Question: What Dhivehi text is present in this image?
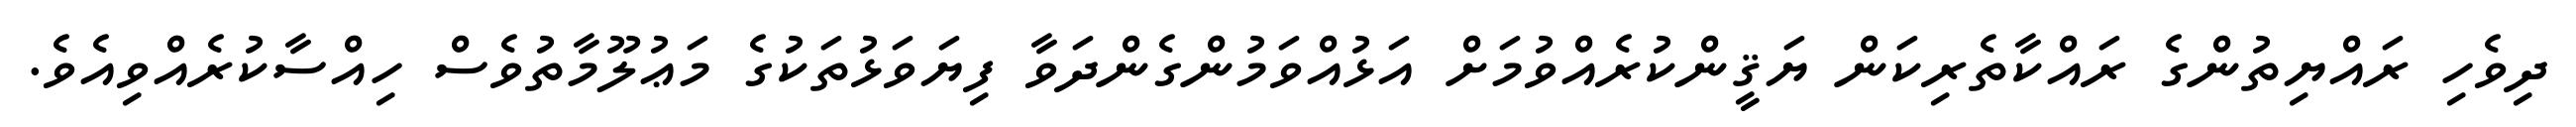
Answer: ދިވެހި ރައްޔިތުންގެ ރައްކާތެރިކަން ޔަޤީންކުރެއްވުމަށް އަޅުއްވަމުންގެންދަވާ ފިޔަވަޅުތަކުގެ މަޢުލޫމާތުވެސް ހިއްސާކުރެއްވިއެވެ.